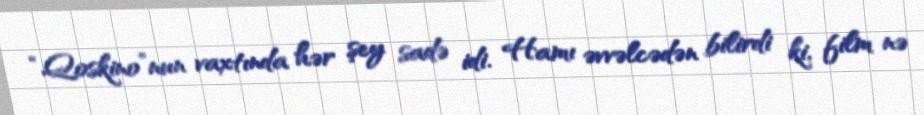
“Qoskino”nun vaxtında hər şey sadə idi. Hamı əvvəlcədən bilirdi ki, film nə